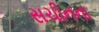
સચીનના